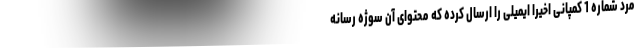
مرد شماره 1 کمپانی اخیرا ایمیلی را ارسال کرده که محتوای آن سوژه رسانه